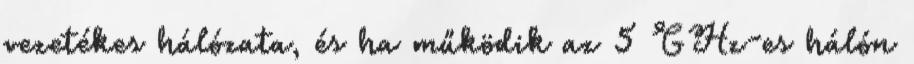
vezetékes hálózata, és ha működik az 5 GHz-es hálón